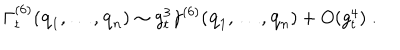
\Gamma _ { t } ^ { ( 6 ) } ( { \bf { q } } _ { 1 } , \ldots , { \bf { q } } _ { n } ) \sim g _ { t } ^ { 3 } \gamma ^ { ( 6 ) } ( { \bf { q } } _ { 1 } , \ldots , { \bf { q } } _ { n } ) + O ( g _ { t } ^ { 4 } ) \; .